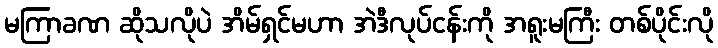
မကြာခဏ ဆိုသလိုပဲ အိမ်ရှင်မဟာ အဲဒီလုပ်ငန်းကို အရူးမကြီး တစ်ပိုင်းလို